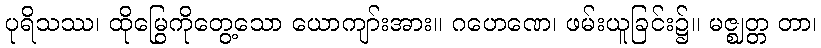
ပုရိသဿ၊ ထိုမြွေကိုတွေ့သော ယောကျာ်းအား။ ဂဟေဏေ၊ ဖမ်းယူခြင်း၌။ မဇ္ဈတ္တ တာ၊